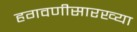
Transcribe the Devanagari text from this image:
हगवणीसारख्या